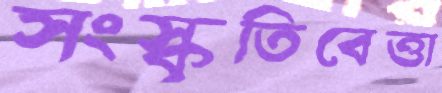
সংস্কৃতিবেত্তা